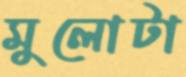
মুলোটা